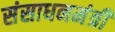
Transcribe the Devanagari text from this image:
संसाधनमंत्री